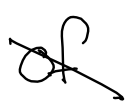
Text: of
Cross-out: diagonal
Writing tool: digital_black